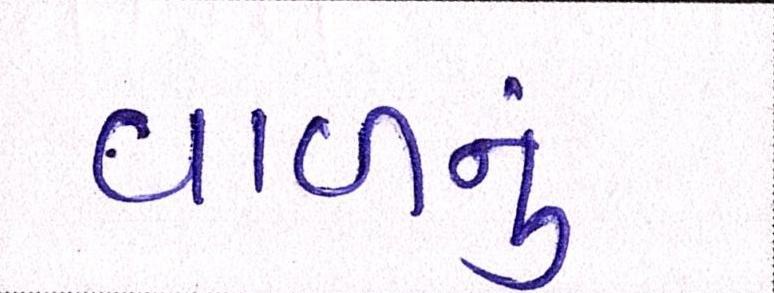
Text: વાળનું